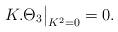
LaTeX: \begin{align*} K.\Theta_{3}{\big|}_{K^{2}=0}=0.\end{align*}